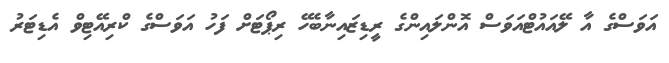
އަވަސްގެ އާ ލޭއައުޓްއަވަސް އޮންލައިންގެ ރީޑިޒައިނާބެހޭ ރިޕޯޓަށް ފަހު އަވަސްގެ ކްރިއޭޓިވް އެޑިޓަރު